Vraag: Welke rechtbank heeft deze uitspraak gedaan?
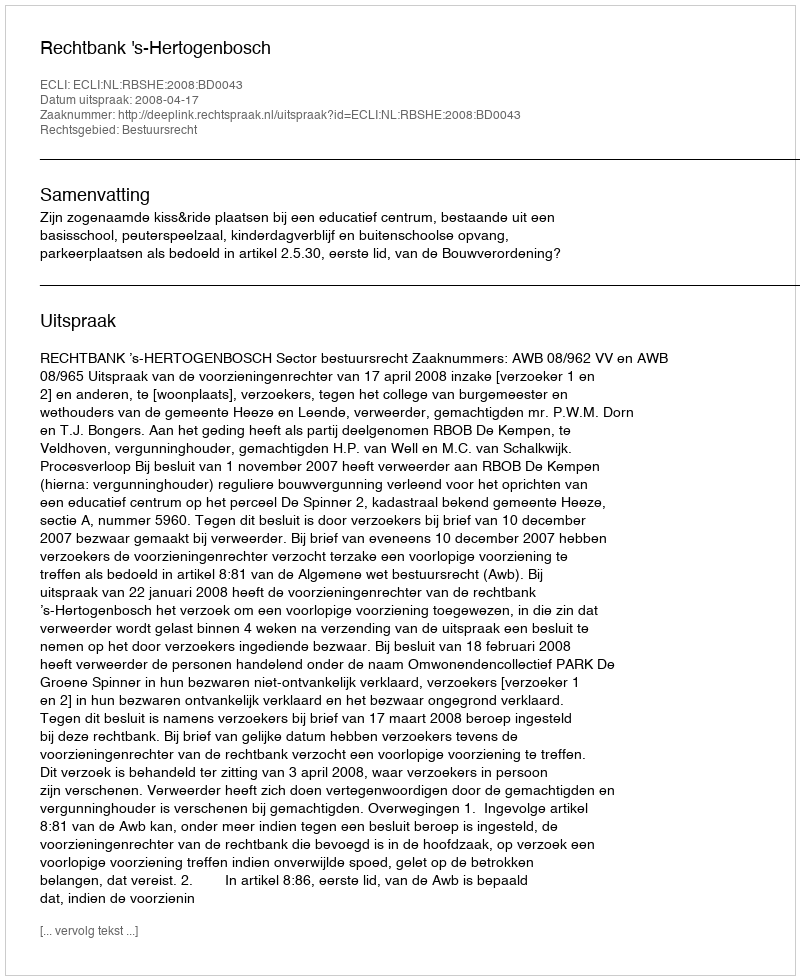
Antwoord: Rechtbank 's-Hertogenbosch